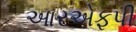
આરએફપી